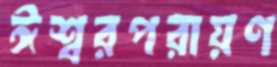
ঈশ্বরপরায়ণ